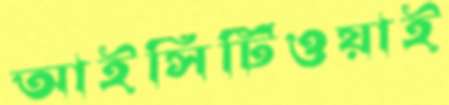
আইসিটিওয়াই